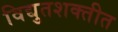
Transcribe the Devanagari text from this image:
विद्युतशक्तीत